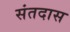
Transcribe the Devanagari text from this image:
संतदास